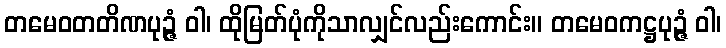
တမေဝတတိဏပုဉ္ဇံ ဝါ၊ ထိုမြတ်ပုံကိုသာလျှင်လည်းကောင်း။ တမေဝကဋ္ဌပုဉ္ဇံ ဝါ၊